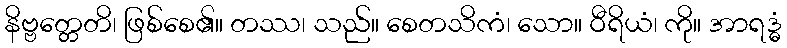
နိဗ္ဗတ္တေတိ၊ ဖြစ်စေ၏။ တဿ၊ သည်။ စေတသိကံ၊ သော။ ဝီရိယံ၊ ကို။ အာရဒ္ဓံ